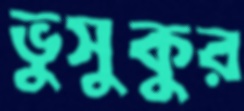
ভুসুকুর